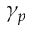
\gamma _ { p }